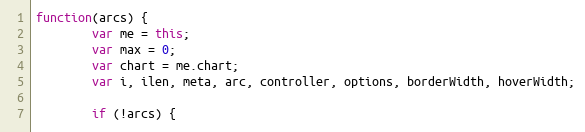
Language: JavaScript
function(arcs) {
		var me = this;
		var max = 0;
		var chart = me.chart;
		var i, ilen, meta, arc, controller, options, borderWidth, hoverWidth;

		if (!arcs) {